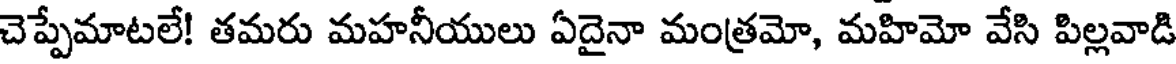
చెప్పేమాటలే! తమరు మహనీయులు ఏదైనా మంత్రమో, మహిమో వేసి పిల్లవాడి